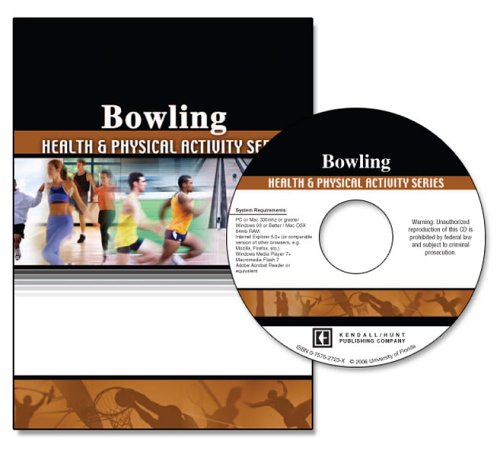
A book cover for BOWLING: HEALTH AND PHYSICAL ACTIVITY SERIES; FLORIDA  U OF (HEALTH); Sports & Outdoors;